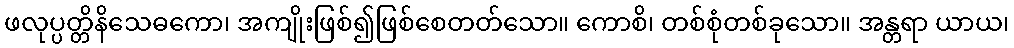
ဖလုပ္ပတ္တိနိသေဓကော၊ အကျိုးဖြစ်၍ဖြစ်စေတတ်သော။ ကောစိ၊ တစ်စုံတစ်ခုသော။ အန္တရာ ယာယ၊